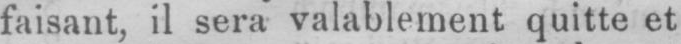
faisant, il sera valablement quitte et